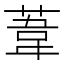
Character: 葦